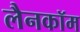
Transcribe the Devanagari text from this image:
लैनकॉम